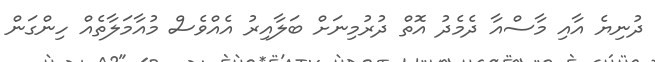
ދުނިޔެ އާއި މާސްއާ ދެމެދު އޮތް ދުރުމިނަށް ބަލާއިރު އެއްވެސް މުއާމަލާތެއް ހިންގަން